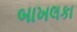
બાખલકા